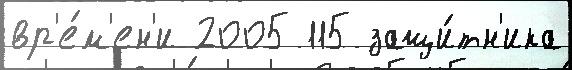
вр'е́м'ен'и 2005 115 защи́тн'ика